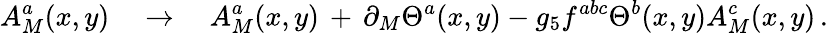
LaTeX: A_{M}^{a}(x,y)\quad\to\quad A_{M}^{a}(x,y)\, +\, \partial_{M}\Theta^{a}(x,y)-g_{5}f^{abc}\Theta^{b}(x,y)A_{M}^{c}(x,y)\, .